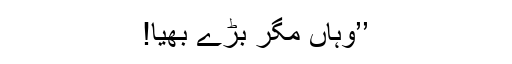
’’وہاں مگر بڑے بھیا!